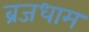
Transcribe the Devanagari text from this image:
ब्रजधाम